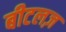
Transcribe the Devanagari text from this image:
बीटलज़